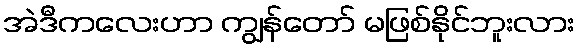
အဲဒီကလေးဟာ ကျွန်တော် မဖြစ်နိုင်ဘူးလား